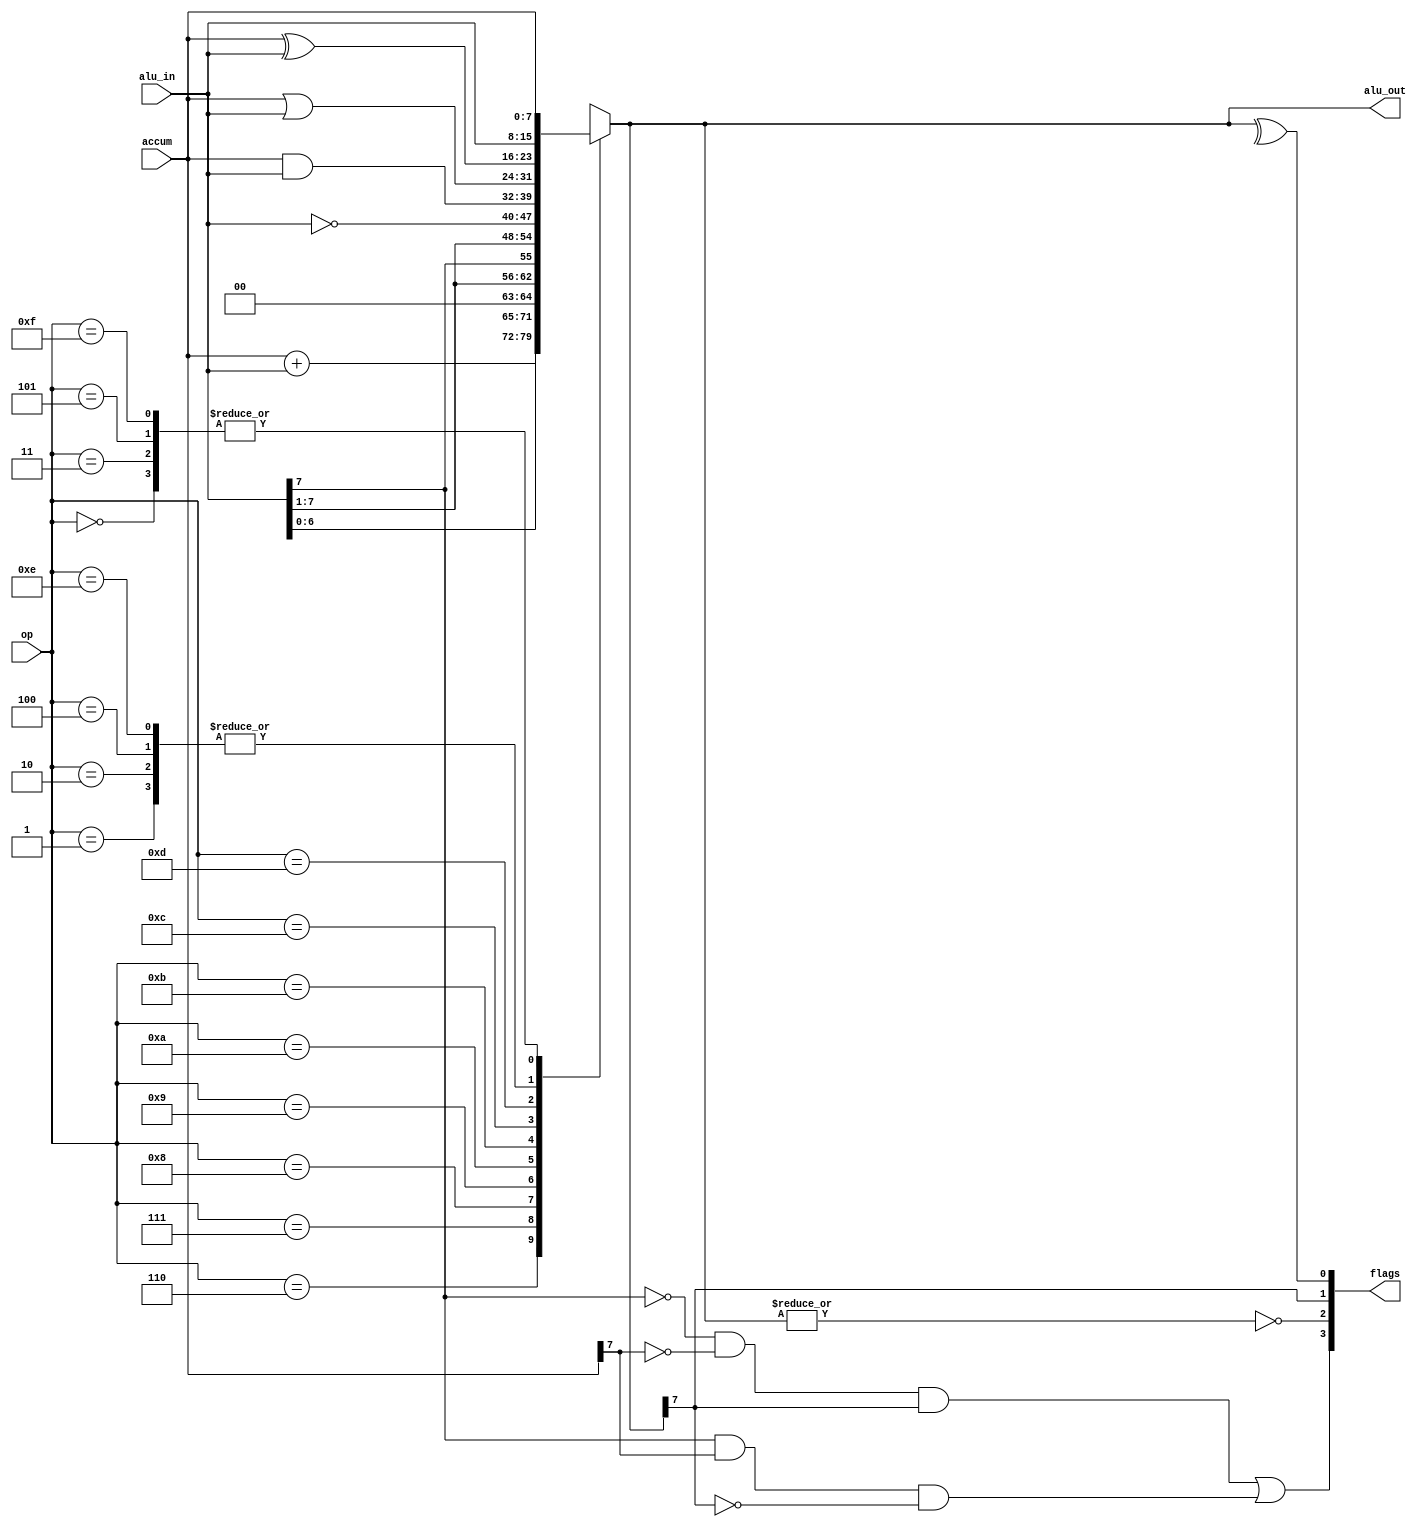
`timescale 1ns / 1ps
// arithmetic logic unit to perform arithmetic and logic operations.
module alu(
    output reg  [7:0] alu_out,
    input       [7:0] alu_in ,
    input       [7:0] accum  ,
    input       [3:0] op     ,
    output      [3:0] flags
);

parameter   NOP = 4'b0000,   // short  empty instruction            
            LDO = 4'b0001,   // long   Get data from ROM       ROM
            LDA = 4'b0010,   // long   Get data from RAM       RAM
            LDR = 4'b0011,   // short  Get data from ACC       ACC
            PRE = 4'b0100,   // short  Get data from REG       REG
            STO = 4'b0101,   // long   Write data to RAM       RAM
            ADD = 4'b0110,   // short  Add operands             
            SHL = 4'b0111,   // short  Logical shift left         
            SHR = 4'b1000,   // short  Logical right shift        
            SAR = 4'b1001,   // short  Arithmetic right shift     
            INV = 4'b1010,   // short  Bitwise negation           
            AND = 4'b1011,   // short  Bitwise AND                  
            OR  = 4'b1100,   // short  Bitwise OR                   
            XOR = 4'b1101,   // short  Bitwise XOR                
            JMP = 4'b1110,   // long   jump instruction               
            HLT = 4'b1111;   // short  shutdown command           

wire    OF, ZF, PF, SF;//
assign  OF = ((~alu_in[7])&(~accum[7])&alu_out[7])|(alu_in[7]&accum[7]&(~alu_out[7]));
assign  ZF = ~(|alu_out);//1 0
assign  PF = ^alu_out;   //1 0
assign  SF = alu_out[7]; //1 0()
assign  flags = {OF, ZF, SF, PF};
            
always @(*) begin
    case(op)       
        NOP:    alu_out = accum;                     // No operation
        LDO:    alu_out = alu_in;                    // REG[reg_addr]<-ROM[ROM_addr]
        LDA:    alu_out = alu_in;                    // REG[reg_addr]<-RAM[RAM_addr]
        LDR:    alu_out = accum;                     // REG[reg_addr]<-ACC
        PRE:    alu_out = alu_in;                    // ACC<-REG[reg_addr]
        STO:    alu_out = accum;                     // RAM[addr]<-REG[reg_addr]
        ADD:    alu_out = accum + alu_in;            // ACC<-REG[reg_addr]+ACC
        SHL:    alu_out = alu_in<<1;                 // ACC<-REG[reg_addr]<<1
        SHR:    alu_out = alu_in>>1;                 // ACC<-REG[reg_addr]>>1
        SAR:    alu_out = {alu_in[7],alu_in[7:1]};   // ACC<-{REG[reg_addr][7],REG[reg_addr][7:1]}
        INV:    alu_out = ~alu_in;                   // ACC<-~REG[reg_addr]
        AND:    alu_out = accum & alu_in;            // ACC<-REG[reg_addr]&ACC
        OR :    alu_out = accum | alu_in;            // ACC<-REG[reg_addr] | ACC
        XOR:    alu_out = accum ^ alu_in;            // ACC<-REG[reg_addr]^ACC
        JMP:    alu_out = alu_in;                    // PC = Immediate number
        HLT:    alu_out = accum;                     // shutdown command
    default:	alu_out = 8'bzzzz_zzzz;             
    endcase
end
			 
			
endmodule